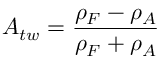
A _ { t w } = \frac { \rho _ { F } - \rho _ { A } } { \rho _ { F } + \rho _ { A } }